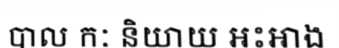
បាល កៈ និយាយ អះអាង